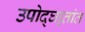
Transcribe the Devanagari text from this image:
उपोद्‌घा्तांत